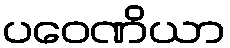
ပဝေဏိယာ